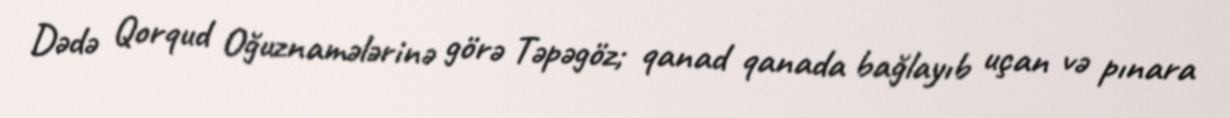
Dədə Qorqud Oğuznamələrinə görə Təpəgöz; qanad qanada bağlayıb uçan və pınara